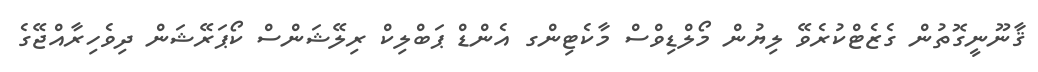
ޤާނޫނީގޮތުން ގެޒެޓްކުރެވޭ ލިޔުން މޯލްޑިވްސް މާކެޓިންގ އެންޑް ޕަބްލިކް ރިލޭޝަންސް ކޯޕަރޭޝަން ދިވެހިރާއްޖޭގެ